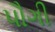
પૌગી